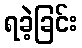
ရခဲ့ခြင်း